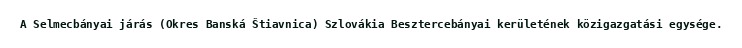
A Selmecbányai járás (Okres Banská Štiavnica) Szlovákia Besztercebányai kerületének közigazgatási egysége.